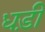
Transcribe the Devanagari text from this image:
धड़ी